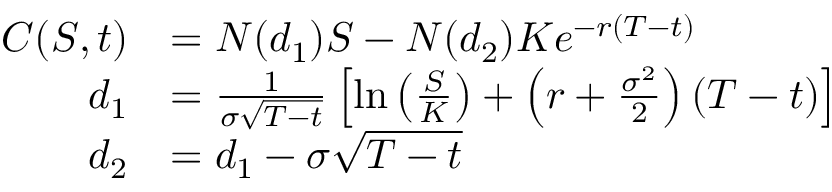
{ \begin{array} { r l } { C ( S , t ) } & { = N ( d _ { 1 } ) S - N ( d _ { 2 } ) K e ^ { - r ( T - t ) } } \\ { d _ { 1 } } & { = { \frac { 1 } { \sigma { \sqrt { T - t } } } } \left[ \ln \left( { \frac { S } { K } } \right) + \left( r + { \frac { \sigma ^ { 2 } } { 2 } } \right) ( T - t ) \right] } \\ { d _ { 2 } } & { = d _ { 1 } - \sigma { \sqrt { T - t } } } \end{array} }